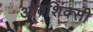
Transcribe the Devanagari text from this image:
ओवशिंक्सी